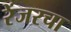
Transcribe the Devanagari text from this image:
रेंजरचा